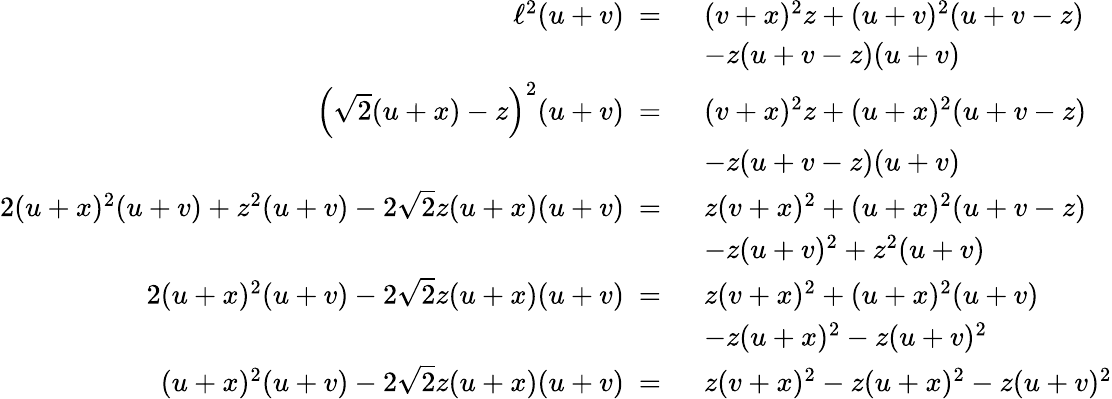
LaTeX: \begin{array}{rl}{\ell^{2}(u+v)~=~}&{(v+x)^{2}z+(u+v)^{2}(u+v-z)}\\ &{-z(u+v-z)(u+v)}\\ {\left(\sqrt{2}(u+x)-z\right)^{2}(u+v)~=~}&{(v+x)^{2}z+(u+x)^{2}(u+v-z)}\\ &{-z(u+v-z)(u+v)}\\ {2(u+x)^{2}(u+v)+z^{2}(u+v)-2\sqrt{2}z(u+x)(u+v)~=~}&{z(v+x)^{2}+(u+x)^{2}(u+v-z)}\\ &{-z(u+v)^{2}+z^{2}(u+v)}\\ {2(u+x)^{2}(u+v)-2\sqrt{2}z(u+x)(u+v)~=~}&{z(v+x)^{2}+(u+x)^{2}(u+v)}\\ &{-z(u+x)^{2}-z(u+v)^{2}}\\ {(u+x)^{2}(u+v)-2\sqrt{2}z(u+x)(u+v)~=~}&{z(v+x)^{2}-z(u+x)^{2}-z(u+v)^{2}}\end{array}